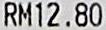
RM12.80